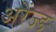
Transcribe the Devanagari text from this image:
अरेंज्ड